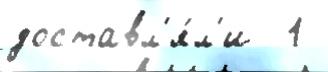
доставл'я́л'и  1